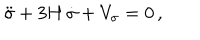
\ddot { \sigma } + 3 H \, \dot { \sigma } + V _ { \sigma } = 0 \, ,